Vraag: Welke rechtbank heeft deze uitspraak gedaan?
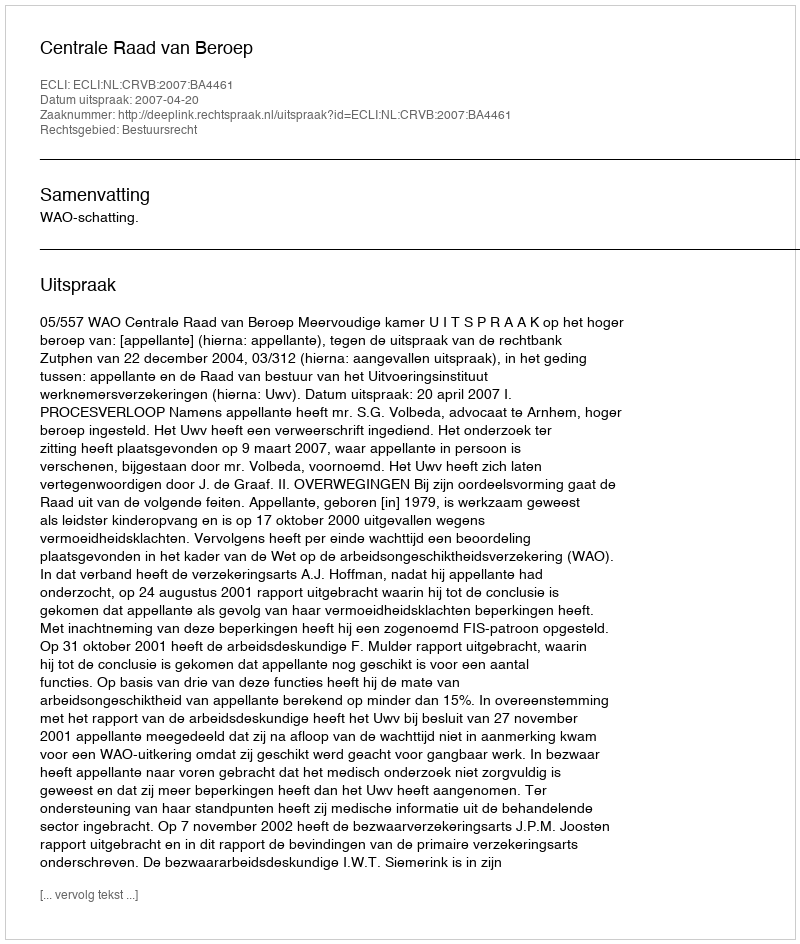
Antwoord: Centrale Raad van Beroep